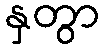
နှတွာ